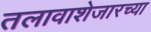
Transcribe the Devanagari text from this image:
तलावाशेजारच्या